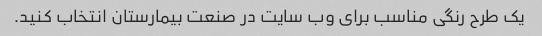
یک طرح رنگی مناسب برای وب سایت در صنعت بیمارستان انتخاب کنید.